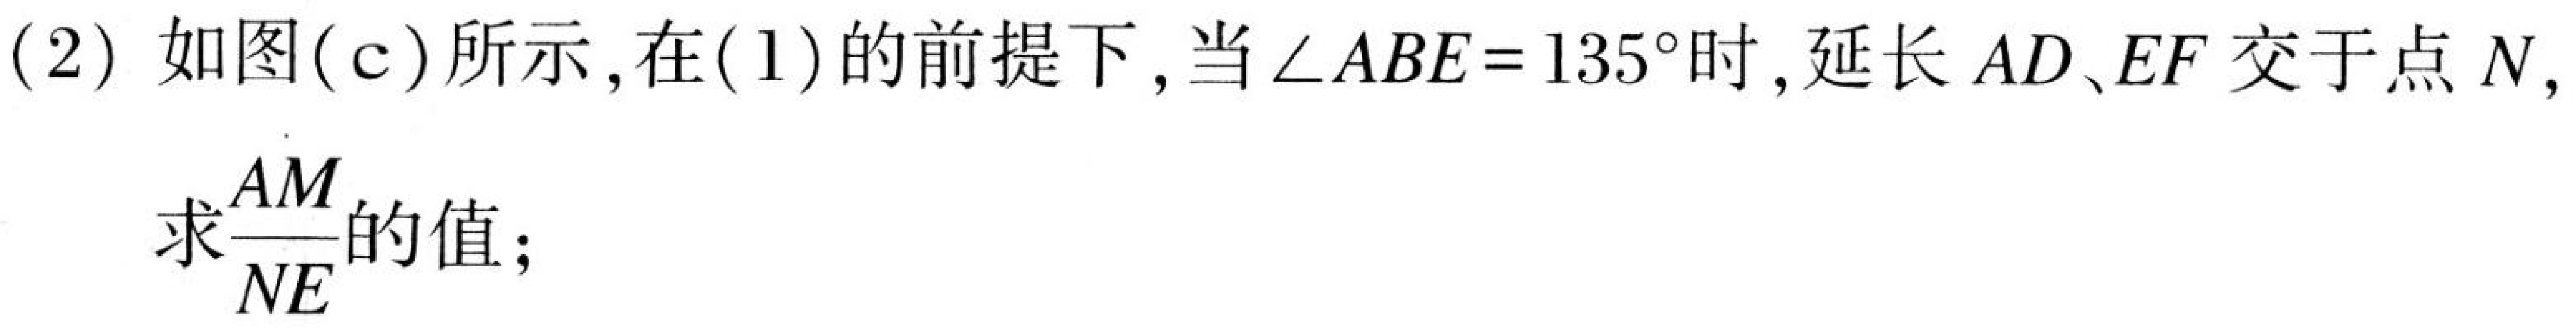
(2) 如图(c)所示,在(1)的前提下,当$\angle ABE = 135^{\circ}$时,延长$AD、EF$交于点$N,$求$\dfrac{AM}{NE}$的值;